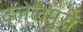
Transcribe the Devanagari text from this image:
दलेलपुरो